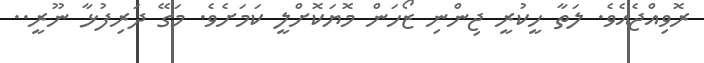
ރޮވިއްޖެއެވެ. ލަތާ ހީކުރީ ޖިންނި ޒޯހަން މޮޔަކޮށްލީ ކަމަށެވެ. މަގޭ ދަރިފުޅާ ނޫރީ..